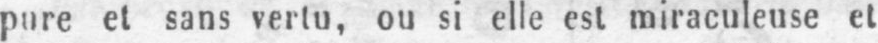
pure et sans vertu, ou si elle est miraculeuse et